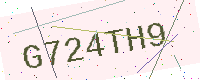
Text: G724TH9